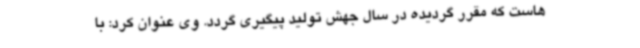
هاست که مقرر گردیده در سال جهش تولید پیگیری گردد. وی عنوان کرد: با